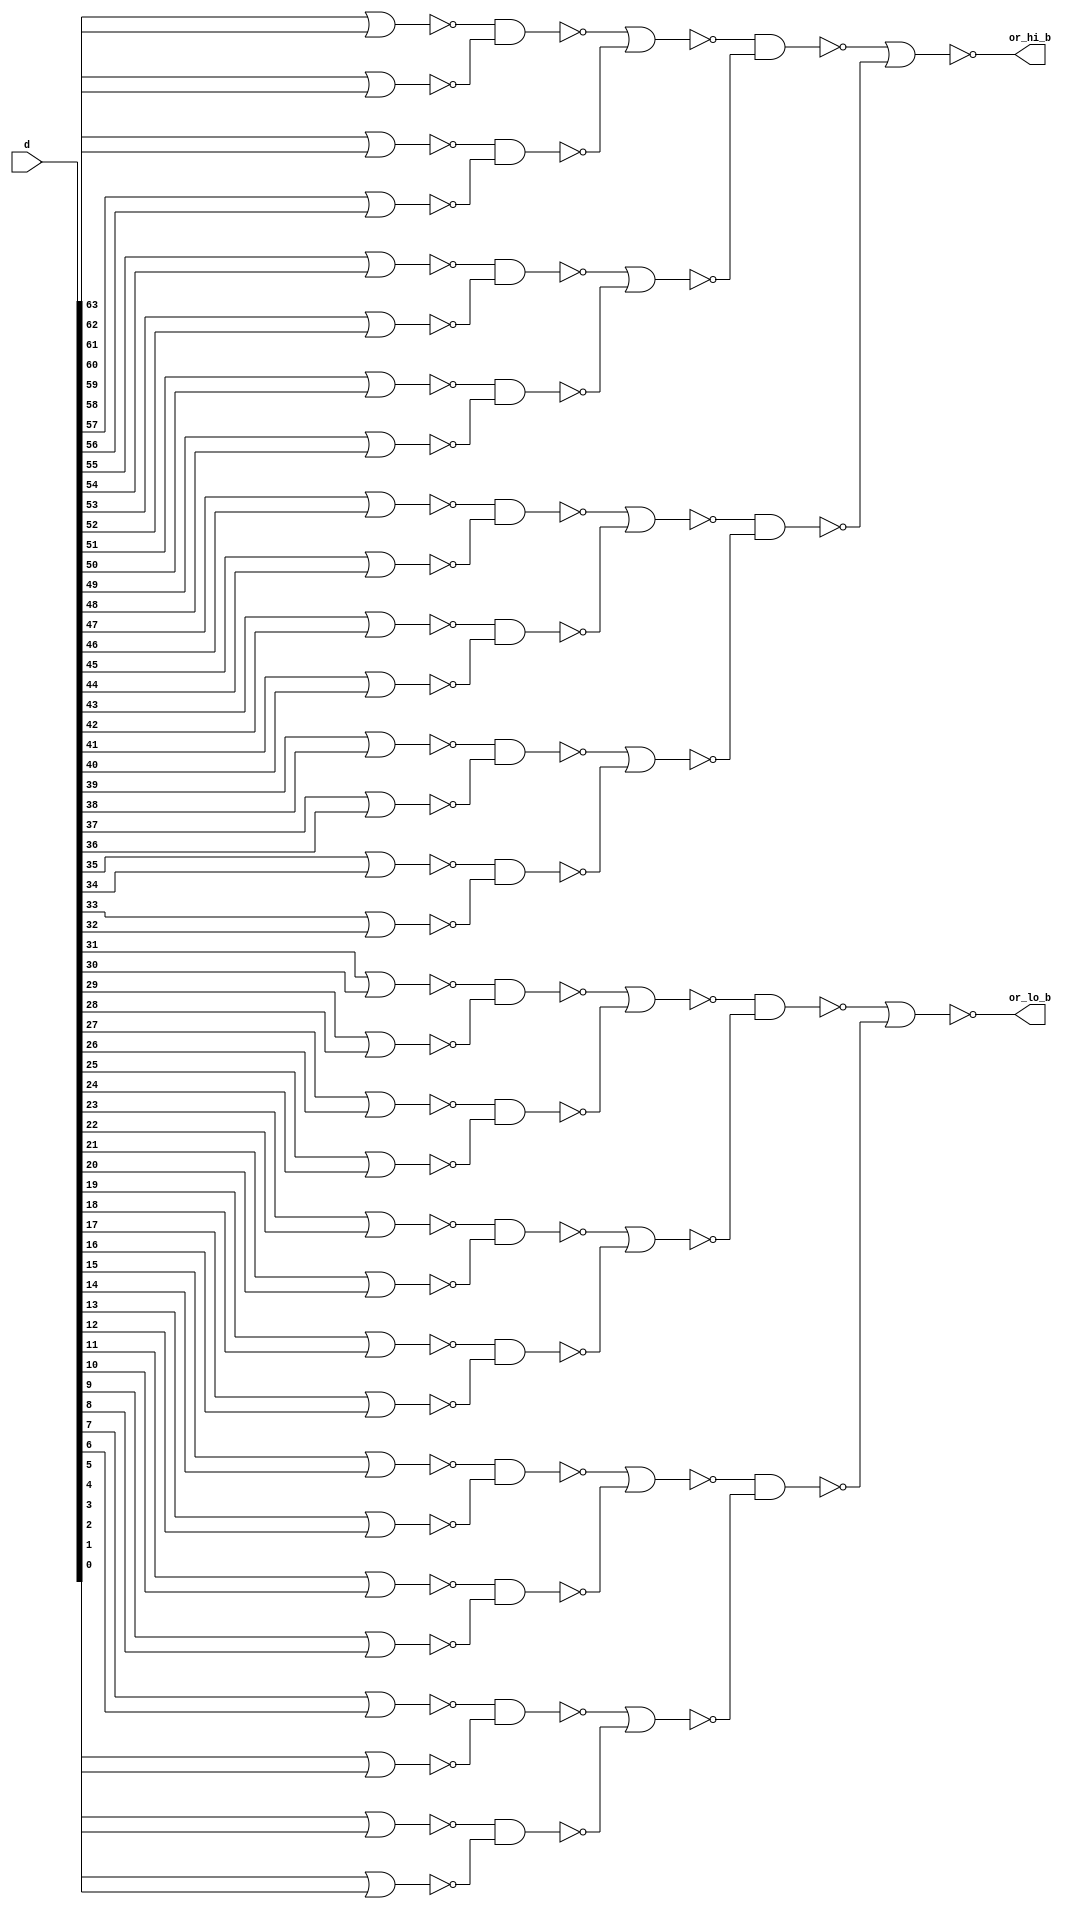
//  IBM Corp. 2020
// Licensed under the Apache License, Version 2.0 (the "License"), as modified by
// the terms below; you may not use the files in this repository except in
// compliance with the License as modified.
// You may obtain a copy of the License at http://www.apache.org/licenses/LICENSE-2.0
//
// Modified Terms:
//
//    1) For the purpose of the patent license granted to you in Section 3 of the
//    License, the "Work" hereby includes implementations of the work of authorship
//    in physical form.
//
//    2) Notwithstanding any terms to the contrary in the License, any licenses
//    necessary for implementation of the Work that are available from OpenPOWER
//    via the Power ISA End User License Agreement (EULA) are explicitly excluded
//    hereunder, and may be obtained from OpenPOWER under the terms and conditions
//    of the EULA.  
//
// Unless required by applicable law or agreed to in writing, the reference design
// distributed under the License is distributed on an "AS IS" BASIS, WITHOUT
// WARRANTIES OR CONDITIONS OF ANY KIND, either express or implied. See the License
// for the specific language governing permissions and limitations under the License.
// 
// Additional rights, including the ability to physically implement a softcore that
// is compliant with the required sections of the Power ISA Specification, are
// available at no cost under the terms of the OpenPOWER Power ISA EULA, which can be
// obtained (along with the Power ISA) here: https://openpowerfoundation.org. 

//  Description:  XU ALU or reduce component
//
//*****************************************************************************
module tri_st_or3232(
   d,
   or_hi_b,
   or_lo_b
);
   input [0:63] d;		//data
   output       or_hi_b;		// upper 32 ORed together
   output       or_lo_b;                // lower 32 ORed together


   wire [0:31]  or_lv1_b;
   wire [0:15]  or_lv2;
   wire [0:7]   or_lv3_b;
   wire [0:3]   or_lv4;
   wire [0:1]   or_lv5_b;

   assign or_lv1_b[0] = (~(d[0] | d[1]));
   assign or_lv1_b[1] = (~(d[2] | d[3]));
   assign or_lv1_b[2] = (~(d[4] | d[5]));
   assign or_lv1_b[3] = (~(d[6] | d[7]));
   assign or_lv1_b[4] = (~(d[8] | d[9]));
   assign or_lv1_b[5] = (~(d[10] | d[11]));
   assign or_lv1_b[6] = (~(d[12] | d[13]));
   assign or_lv1_b[7] = (~(d[14] | d[15]));
   assign or_lv1_b[8] = (~(d[16] | d[17]));
   assign or_lv1_b[9] = (~(d[18] | d[19]));
   assign or_lv1_b[10] = (~(d[20] | d[21]));
   assign or_lv1_b[11] = (~(d[22] | d[23]));
   assign or_lv1_b[12] = (~(d[24] | d[25]));
   assign or_lv1_b[13] = (~(d[26] | d[27]));
   assign or_lv1_b[14] = (~(d[28] | d[29]));
   assign or_lv1_b[15] = (~(d[30] | d[31]));
   assign or_lv1_b[16] = (~(d[32] | d[33]));
   assign or_lv1_b[17] = (~(d[34] | d[35]));
   assign or_lv1_b[18] = (~(d[36] | d[37]));
   assign or_lv1_b[19] = (~(d[38] | d[39]));
   assign or_lv1_b[20] = (~(d[40] | d[41]));
   assign or_lv1_b[21] = (~(d[42] | d[43]));
   assign or_lv1_b[22] = (~(d[44] | d[45]));
   assign or_lv1_b[23] = (~(d[46] | d[47]));
   assign or_lv1_b[24] = (~(d[48] | d[49]));
   assign or_lv1_b[25] = (~(d[50] | d[51]));
   assign or_lv1_b[26] = (~(d[52] | d[53]));
   assign or_lv1_b[27] = (~(d[54] | d[55]));
   assign or_lv1_b[28] = (~(d[56] | d[57]));
   assign or_lv1_b[29] = (~(d[58] | d[59]));
   assign or_lv1_b[30] = (~(d[60] | d[61]));
   assign or_lv1_b[31] = (~(d[62] | d[63]));

   assign or_lv2[0] = (~(or_lv1_b[0] & or_lv1_b[1]));
   assign or_lv2[1] = (~(or_lv1_b[2] & or_lv1_b[3]));
   assign or_lv2[2] = (~(or_lv1_b[4] & or_lv1_b[5]));
   assign or_lv2[3] = (~(or_lv1_b[6] & or_lv1_b[7]));
   assign or_lv2[4] = (~(or_lv1_b[8] & or_lv1_b[9]));
   assign or_lv2[5] = (~(or_lv1_b[10] & or_lv1_b[11]));
   assign or_lv2[6] = (~(or_lv1_b[12] & or_lv1_b[13]));
   assign or_lv2[7] = (~(or_lv1_b[14] & or_lv1_b[15]));
   assign or_lv2[8] = (~(or_lv1_b[16] & or_lv1_b[17]));
   assign or_lv2[9] = (~(or_lv1_b[18] & or_lv1_b[19]));
   assign or_lv2[10] = (~(or_lv1_b[20] & or_lv1_b[21]));
   assign or_lv2[11] = (~(or_lv1_b[22] & or_lv1_b[23]));
   assign or_lv2[12] = (~(or_lv1_b[24] & or_lv1_b[25]));
   assign or_lv2[13] = (~(or_lv1_b[26] & or_lv1_b[27]));
   assign or_lv2[14] = (~(or_lv1_b[28] & or_lv1_b[29]));
   assign or_lv2[15] = (~(or_lv1_b[30] & or_lv1_b[31]));

   assign or_lv3_b[0] = (~(or_lv2[0] | or_lv2[1]));
   assign or_lv3_b[1] = (~(or_lv2[2] | or_lv2[3]));
   assign or_lv3_b[2] = (~(or_lv2[4] | or_lv2[5]));
   assign or_lv3_b[3] = (~(or_lv2[6] | or_lv2[7]));
   assign or_lv3_b[4] = (~(or_lv2[8] | or_lv2[9]));
   assign or_lv3_b[5] = (~(or_lv2[10] | or_lv2[11]));
   assign or_lv3_b[6] = (~(or_lv2[12] | or_lv2[13]));
   assign or_lv3_b[7] = (~(or_lv2[14] | or_lv2[15]));

   assign or_lv4[0] = (~(or_lv3_b[0] & or_lv3_b[1]));
   assign or_lv4[1] = (~(or_lv3_b[2] & or_lv3_b[3]));
   assign or_lv4[2] = (~(or_lv3_b[4] & or_lv3_b[5]));
   assign or_lv4[3] = (~(or_lv3_b[6] & or_lv3_b[7]));

   assign or_lv5_b[0] = (~(or_lv4[0] | or_lv4[1]));
   assign or_lv5_b[1] = (~(or_lv4[2] | or_lv4[3]));

   assign or_hi_b = or_lv5_b[0];		// rename --output--
   assign or_lo_b = or_lv5_b[1];		// rename --output--

endmodule